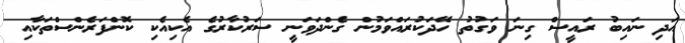
އަދި ނައިބު ރައީސް ގިނަ ވަގުތު ހޭދަކުރައްވަމުން ގެންދަވަނީ ސަރުކާރުގެ އެކިއެކި ކޮންފަރެންސްތަކާއި